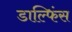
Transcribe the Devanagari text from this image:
डाल्फिंस